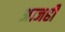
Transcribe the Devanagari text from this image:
अाजही